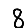
Digit: 8